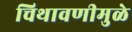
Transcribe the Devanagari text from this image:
चिथावणीमुळे